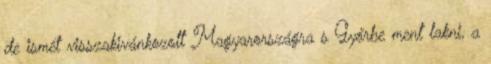
de ismét visszakivánkozott Magyarországra s Győrbe ment lakni, a